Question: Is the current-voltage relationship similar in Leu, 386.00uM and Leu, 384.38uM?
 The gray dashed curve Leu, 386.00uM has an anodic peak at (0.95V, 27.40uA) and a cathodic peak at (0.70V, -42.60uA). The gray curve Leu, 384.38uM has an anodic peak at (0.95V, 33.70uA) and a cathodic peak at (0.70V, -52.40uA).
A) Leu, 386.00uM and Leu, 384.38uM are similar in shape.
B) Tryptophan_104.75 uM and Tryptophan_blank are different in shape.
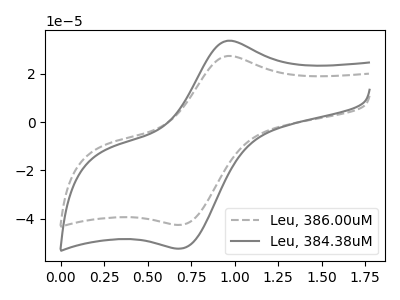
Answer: <think>All the peaks in "Leu, 386.00uM" have a peak in "Leu, 384.38uM" at the same potential. Every peak in "Leu, 386.00uM" is lower than every peak in "Leu, 384.38uM".
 </think>
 <answer>A) "Leu, 386.00uM" and "Leu, 384.38uM" are similar in shape.</answer>
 <eval>A</eval>